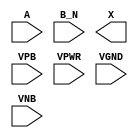
module sky130_fd_sc_ms__or2b (
    //# {{data|Data Signals}}
    input  A   ,
    input  B_N ,
    output X   ,

    //# {{power|Power}}
    input  VPB ,
    input  VPWR,
    input  VGND,
    input  VNB
);
endmodule